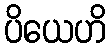
ပိယေဟိ